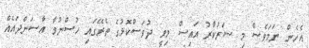
އެހެން ނަމަވެސް މި ސަރުކާރު އައިސް މިވީ ދުވަސްކޮޅުގެ ތެރޭގައި ހުސްނުވާ އާސަންދައެއް